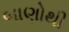
બાણોથી